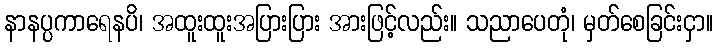
နာနပ္ပကာရေနပိ၊ အထူးထူးအပြားပြား အားဖြင့်လည်း။ သညာပေတုံ၊ မှတ်စေခြင်းငှာ။